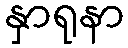
နှာရုနာ